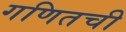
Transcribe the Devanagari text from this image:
गणितची